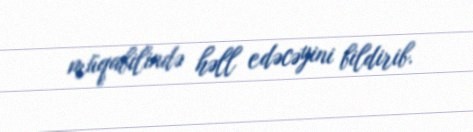
müqabilində həll edəcəyini bildirib.